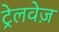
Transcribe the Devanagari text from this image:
ट्रेलवेज़